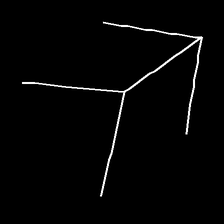
Glyph: gather